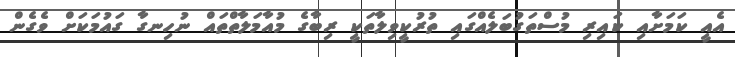
އެއީ ކަމަށާއި ކައިރި މުސްތަގުބަލެއްގައި ތުރުކީވިލާތަކީ ރިބާގެ މުއާމަލާތްތައް ނުހިނގާ ގައުމަކަށް ވެގެން